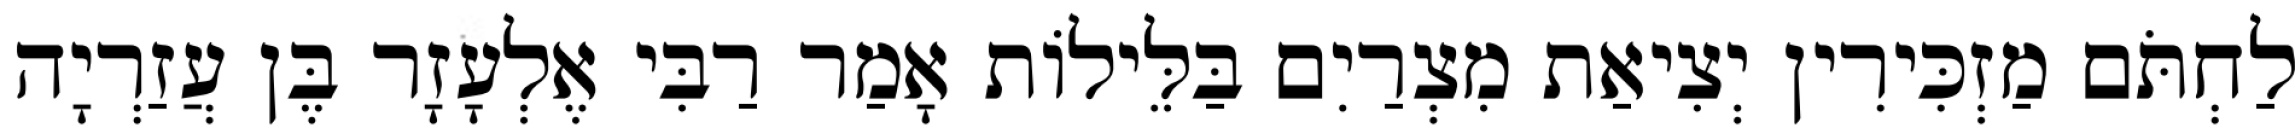
לַחְתֹּם מַזְכִּירִין יְצִיאַת מִצְרַיִם בַּלֵּילוֹת אָמַר רַבִּי אֶלְעָזָר בֶּן עֲזַרְיָה